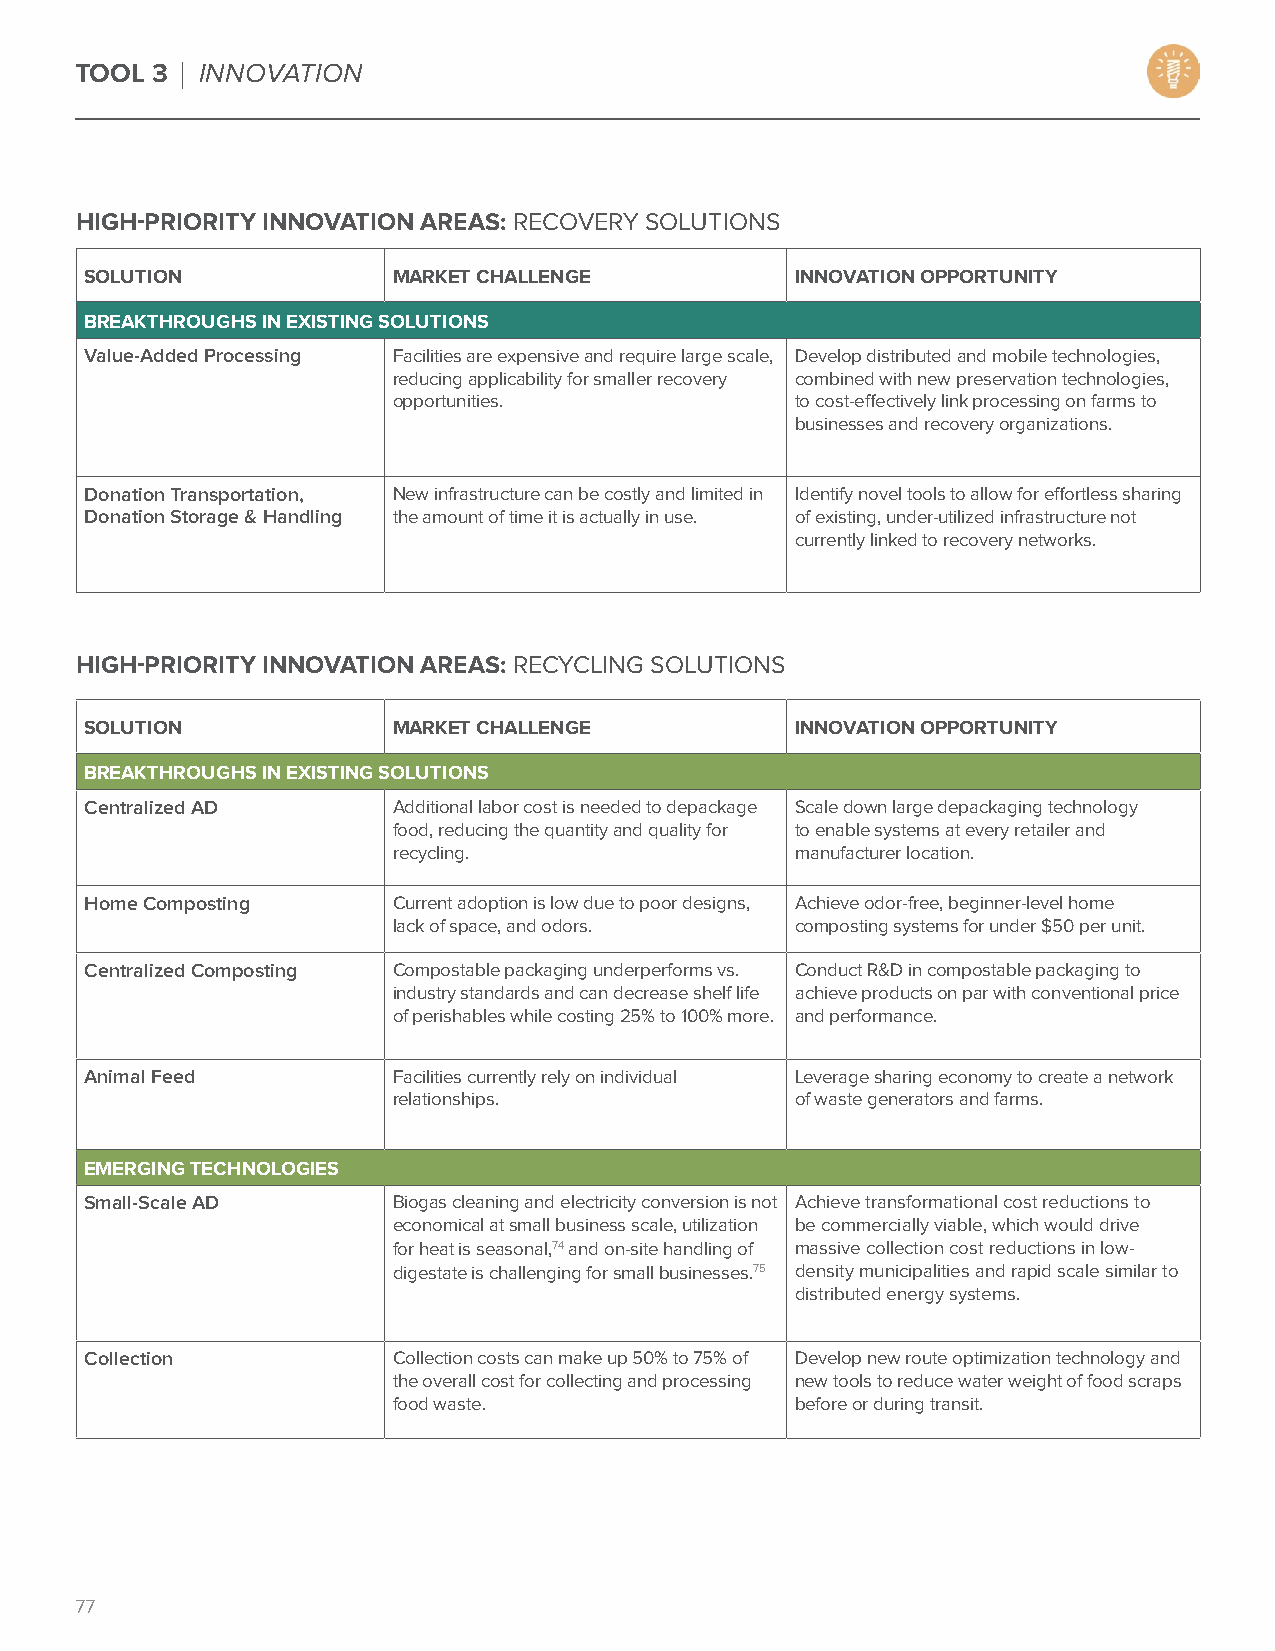
TOOL 3 | INNOVATION
 HIGH-PRIORITY INNOVATION AREAS: RECOVERY SOLUTIONS
 SOLUTION            MARKET CHALLENGE           INNOVATION OPPORTUNITY
 BREAKTHROUGHS IN EXISTING SOLUTIONS
 Value-Added Processing Facilities are expensive and require large scale, Develop distributed and mobile technologies,
 reducing applicability for smaller recovery combined with new preservation technologies,
 opportunities.             to cost-effectively link processing on farms to
 businesses and recovery organizations.
 Donation Transportation, New infrastructure can be costly and limited in Identify novel tools to allow for effortless sharing
 Donation Storage & Handling the amount of time it is actually in use. of existing, under-utilized infrastructure not
 currently linked to recovery networks.
 HIGH-PRIORITY INNOVATION AREAS: RECYCLING SOLUTIONS
 SOLUTION            MARKET CHALLENGE           INNOVATION OPPORTUNITY
 BREAKTHROUGHS IN EXISTING SOLUTIONS
 Centralized AD      Additional labor cost is needed to depackage Scale down large depackaging technology
 food, reducing the quantity and quality for to enable systems at every retailer and
 recycling.                 manufacturer location.
 Home Composting     Current adoption is low due to poor designs, Achieve odor-free, beginner-level home
 lack of space, and odors.  composting systems for under $50 per unit.
 Centralized Composting Compostable packaging underperforms vs. Conduct R&D in compostable packaging to
 industry standards and can decrease shelf life achieve products on par with conventional price
 of perishables while costing 25% to 100% more. and performance.
 Animal Feed         Facilities currently rely on individual Leverage sharing economy to create a network
 relationships.             of waste generators and farms.
 EMERGING TECHNOLOGIES
 Small-Scale AD      Biogas cleaning and electricity conversion is not Achieve transformational cost reductions to
 economical at small business scale, utilization be commercially viable, which would drive
 for heat is seasonal,74 and on-site handling of massive collection cost reductions in low-
 digestate is challenging for small businesses.75 density municipalities and rapid scale similar to
 distributed energy systems.
 Collection          Collection costs can make up 50% to 75% of Develop new route optimization technology and
 the overall cost for collecting and processing new tools to reduce water weight of food scraps
 food waste.                before or during transit.
 77